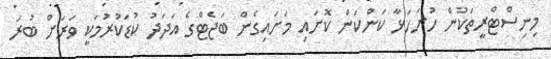
މިނިސްޓްރީތަކުން ހުށަހަޅާ ކަންކަން ކޮށައި މަށައިގެން ބަޖެޓްގެ އަދަދު ކުޑަކުރުމަކީ ވަރަށް ބުރަ